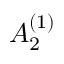
{ A } _ { 2 } ^ { ( 1 ) }